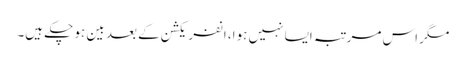
مگر اس مرتبہ ایسا نہیں ہوا، انفریکشن کے بعد بین ہو چکے ہیں۔